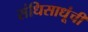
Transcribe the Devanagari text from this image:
संधिसाधूंची